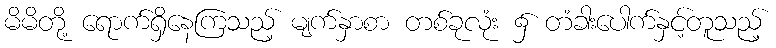
မိမိတို့ ရောက်ရှိနေကြသည့် မျက်နှာစာ တစ်ခုလုံး ၌ တံခါးပေါက်နှင့်တူသည့်